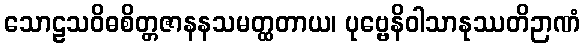
သောဠသဝိဓစိတ္တဇာနနသမတ္ထတာယ၊ ပုဗ္ဗေနိဝါသာနုဿတိဉာဏံ